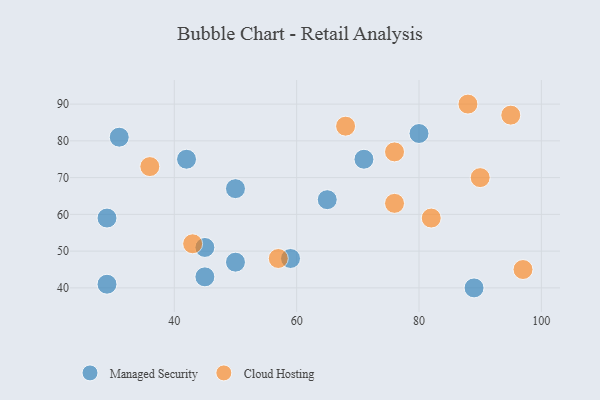
{"axis": {"x": "GDP", "y": "Life Expectancy"}, "legend": ["Cloud Hosting", "Managed Security"], "data": [{"x": "59", "y": 48, "type": "Managed Security"}, {"x": "31", "y": 81, "type": "Managed Security"}, {"x": "45", "y": 51, "type": "Managed Security"}, {"x": "50", "y": 67, "type": "Managed Security"}, {"x": "71", "y": 75, "type": "Managed Security"}, {"x": "65", "y": 64, "type": "Managed Security"}, {"x": "45", "y": 43, "type": "Managed Security"}, {"x": "29", "y": 41, "type": "Managed Security"}, {"x": "89", "y": 40, "type": "Managed Security"}, {"x": "80", "y": 82, "type": "Managed Security"}, {"x": "42", "y": 75, "type": "Managed Security"}, {"x": "29", "y": 59, "type": "Managed Security"}, {"x": "50", "y": 47, "type": "Managed Security"}, {"x": "36", "y": 73, "type": "Cloud Hosting"}, {"x": "90", "y": 70, "type": "Cloud Hosting"}, {"x": "97", "y": 45, "type": "Cloud Hosting"}, {"x": "82", "y": 59, "type": "Cloud Hosting"}, {"x": "95", "y": 87, "type": "Cloud Hosting"}, {"x": "88", "y": 90, "type": "Cloud Hosting"}, {"x": "68", "y": 84, "type": "Cloud Hosting"}, {"x": "76", "y": 77, "type": "Cloud Hosting"}, {"x": "76", "y": 63, "type": "Cloud Hosting"}, {"x": "43", "y": 52, "type": "Cloud Hosting"}, {"x": "57", "y": 48, "type": "Cloud Hosting"}]}